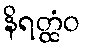
နိရတ္ထံဝ